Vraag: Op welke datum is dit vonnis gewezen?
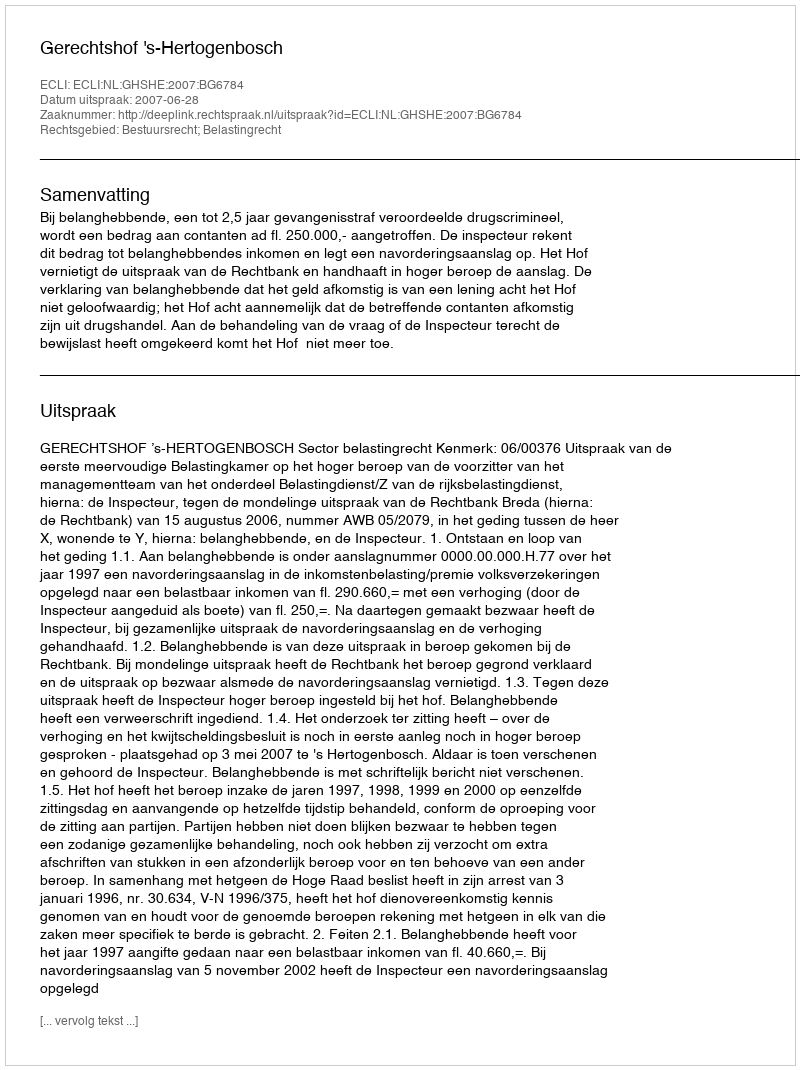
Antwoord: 2007-06-28